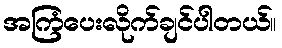
အကြံပေးလိုက်ချင်ပါတယ်။